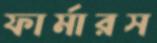
ফার্মারস